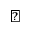
\perp